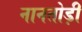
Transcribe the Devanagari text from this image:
नानतोड़ी